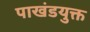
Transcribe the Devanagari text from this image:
पाखंडयुक्त